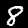
Label: 8